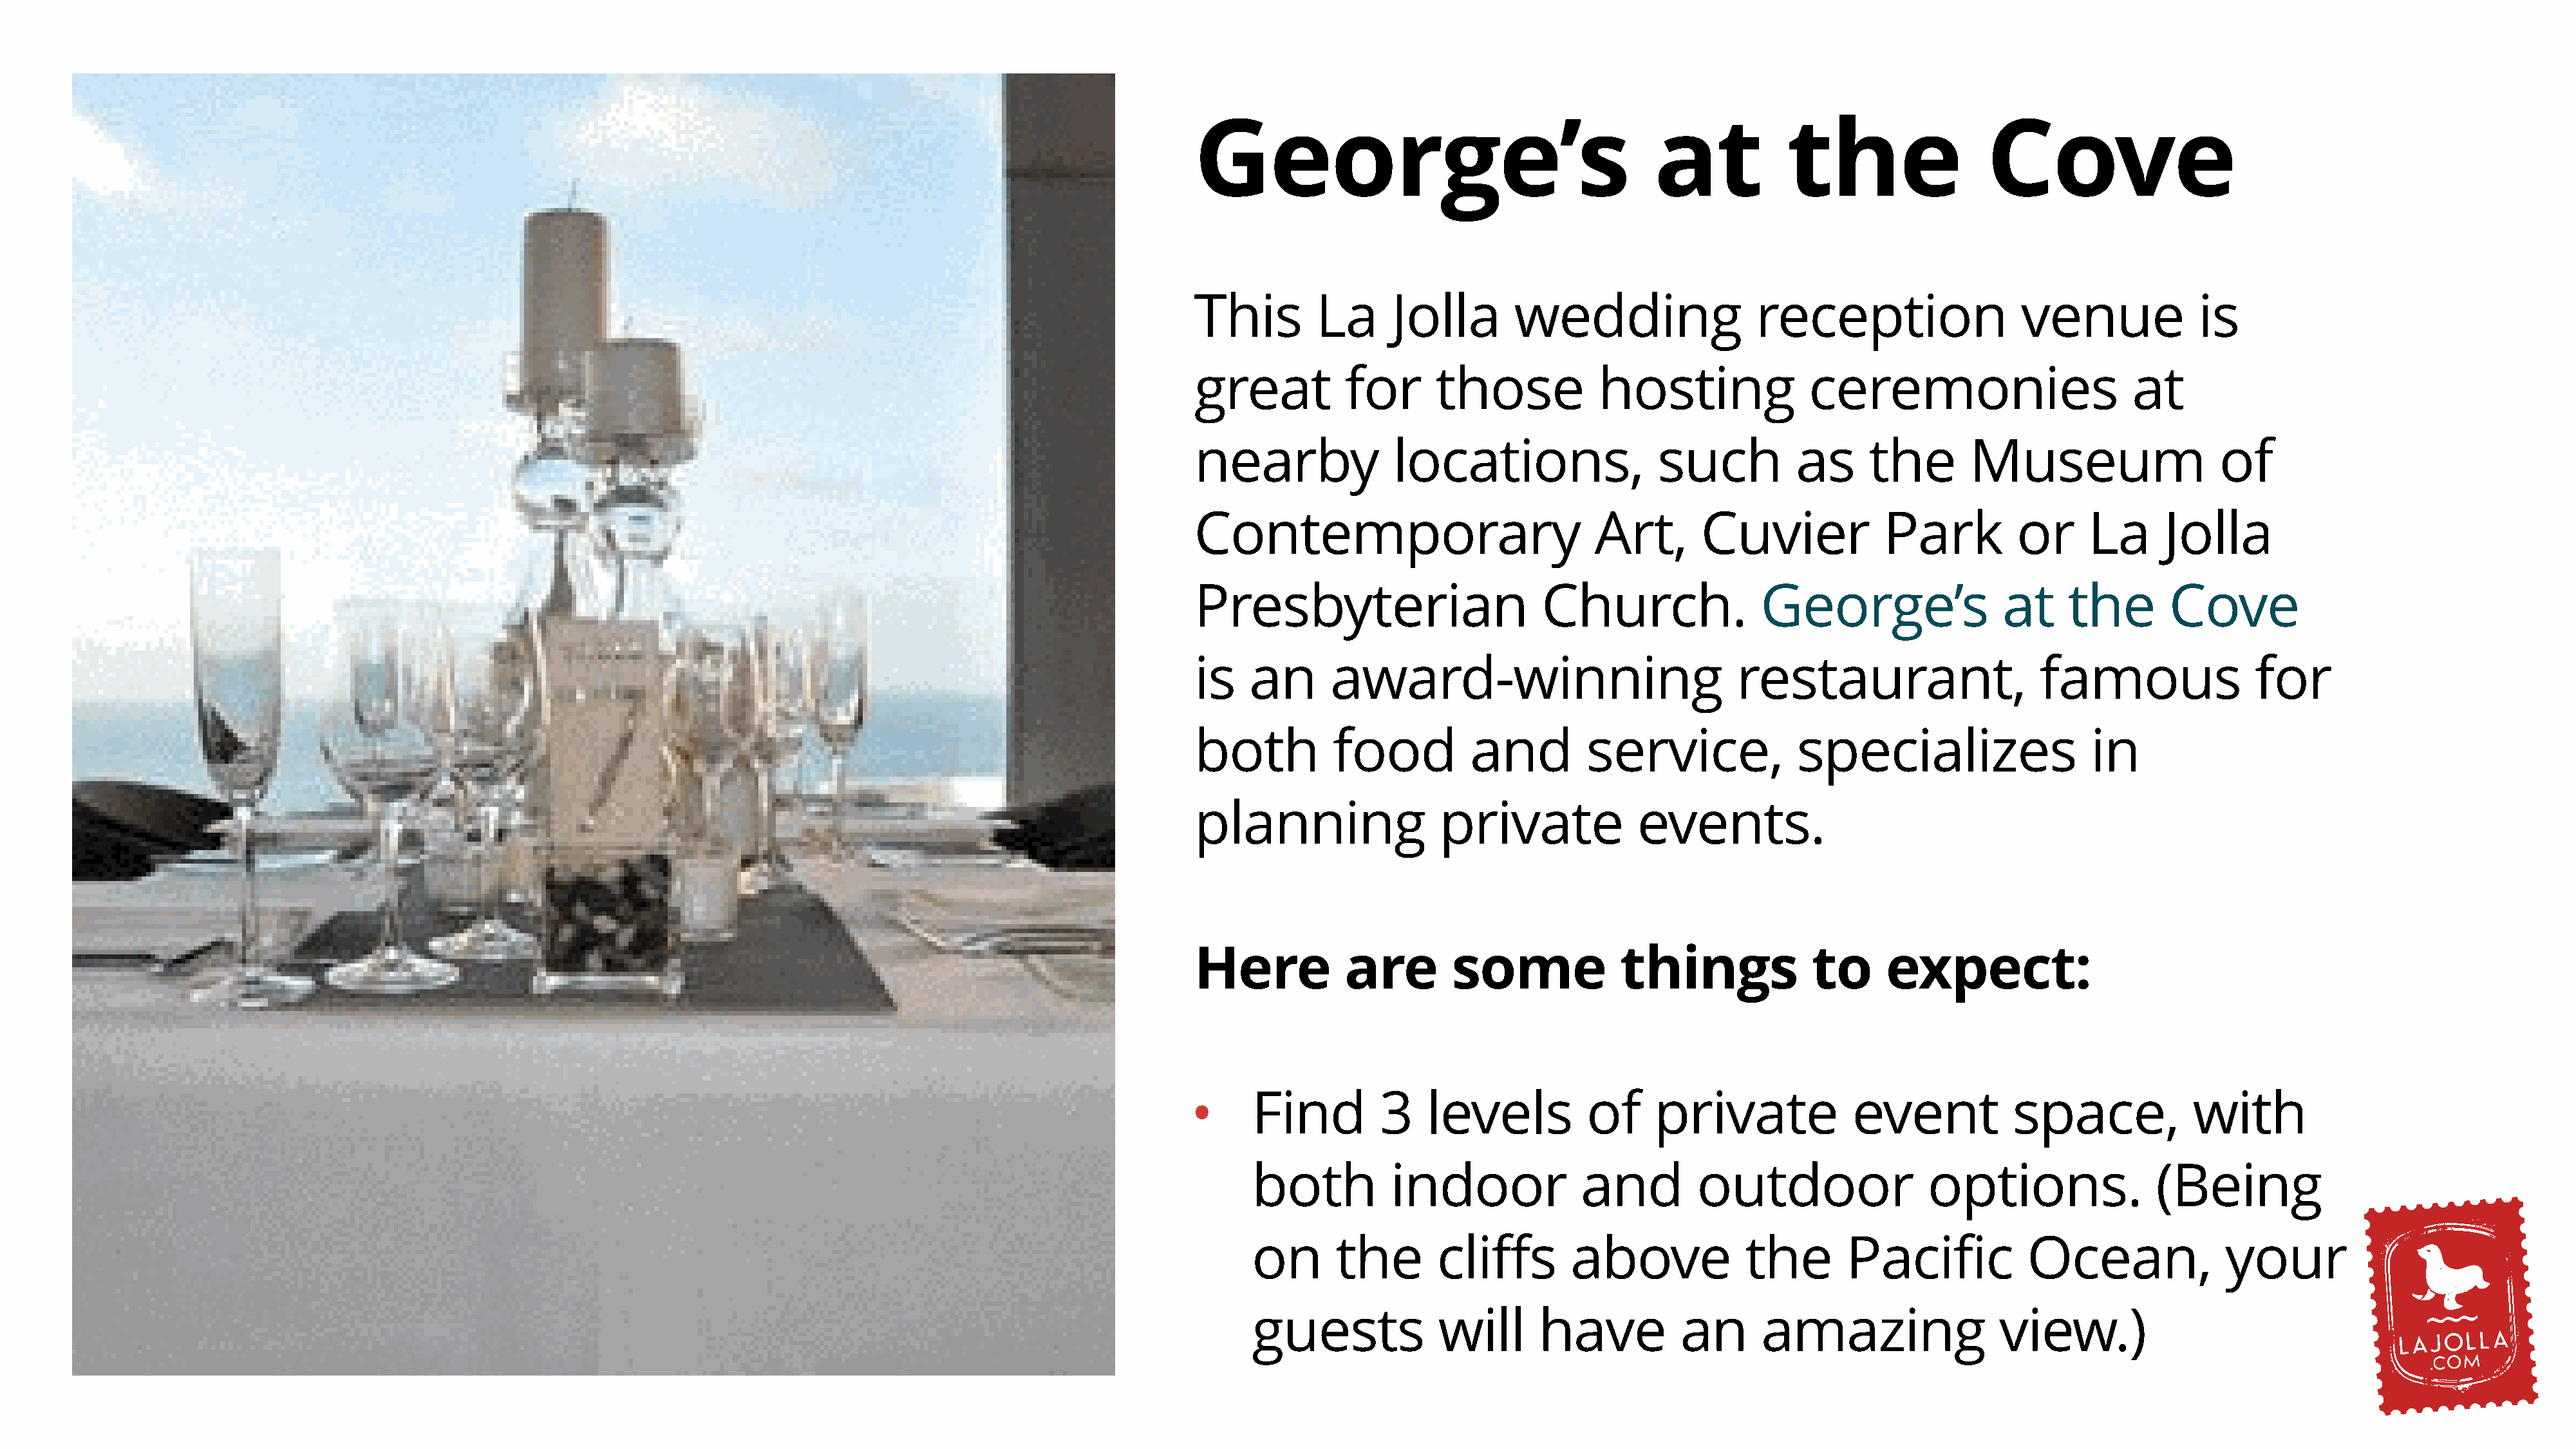
George’s                                       at            the                 Cove
 This        La      Jolla        wedding                 reception                   venue             is
 great          for       those           hosting               ceremonies                       at
 nearby              locations,                 such           as     the       Museum                    of
 Contemporary                             Art,       Cuvier             Park         or      La     Jolla
 Presbyterian                       Church.                George’s                 at     the       Cove
 is   an       award-winning                             restaurant,                    famous                for
 both          food          and         service,              specializes                   in
 planning                 private             events.
 Here           are        some              things             to      expect:
 Find         3    levels          of     private             event            space,            with
 •
 both          indoor             and         outdoor                 options.                (Being
 on      the        cliffs       above             the        Pacific           Ocean,               your
 guests             will      have           an      amazing                  view.)